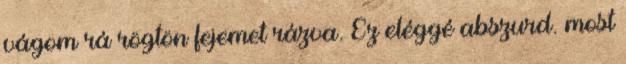
vágom rá rögtön fejemet rázva. Ez eléggé abszurd. most